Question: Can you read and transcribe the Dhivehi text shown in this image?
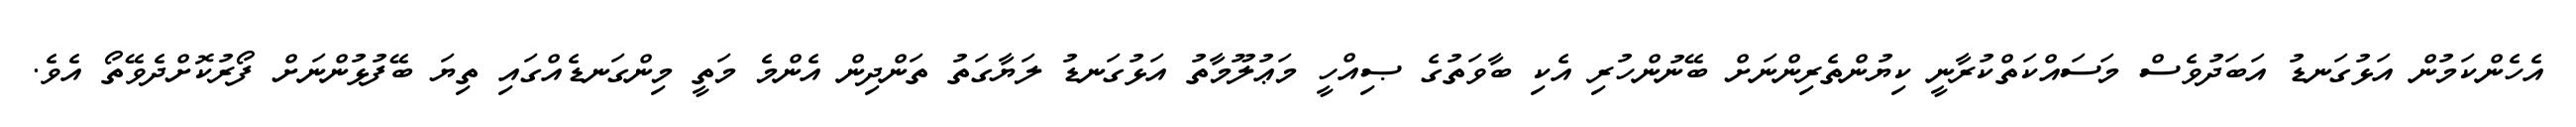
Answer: އެހެންކަމުން އަޅުގަނޑު އަބަދުވެސް މަސައްކަތްކުރާނީ ކިޔުންތެރިންނަށް ބޭނުންހުރި އެކި ބާވަތުގެ ޞިއްހީ މަޢުލޫމާތު އަޅުގަނޑު ލަޔާގަތު ތަންދިން އެންމެ މަތީ މިންގަނޑެއްގައި ތިޔަ ބޭފުޅުންނަށް ފޯރުކޮށްދެވޭތޯ އެވެ.